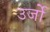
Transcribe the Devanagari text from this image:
उर्जो